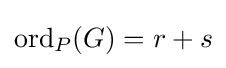
\mathrm {ord} _{P}(G)=r+s